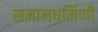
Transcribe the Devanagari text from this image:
समानधर्मिणी